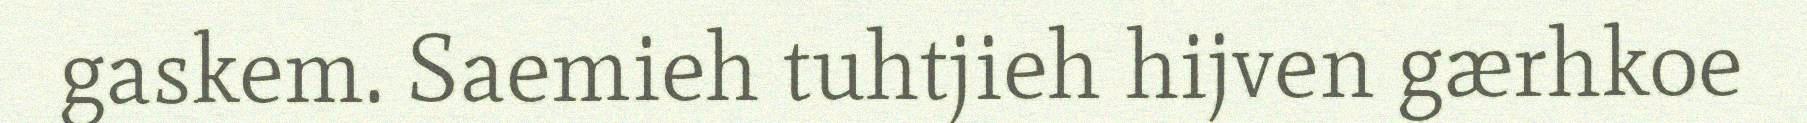
gaskem. Saemieh tuhtjieh hijven gærhkoe